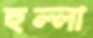
হুল্লা